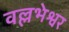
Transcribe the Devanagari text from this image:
वल्लभेश्वर